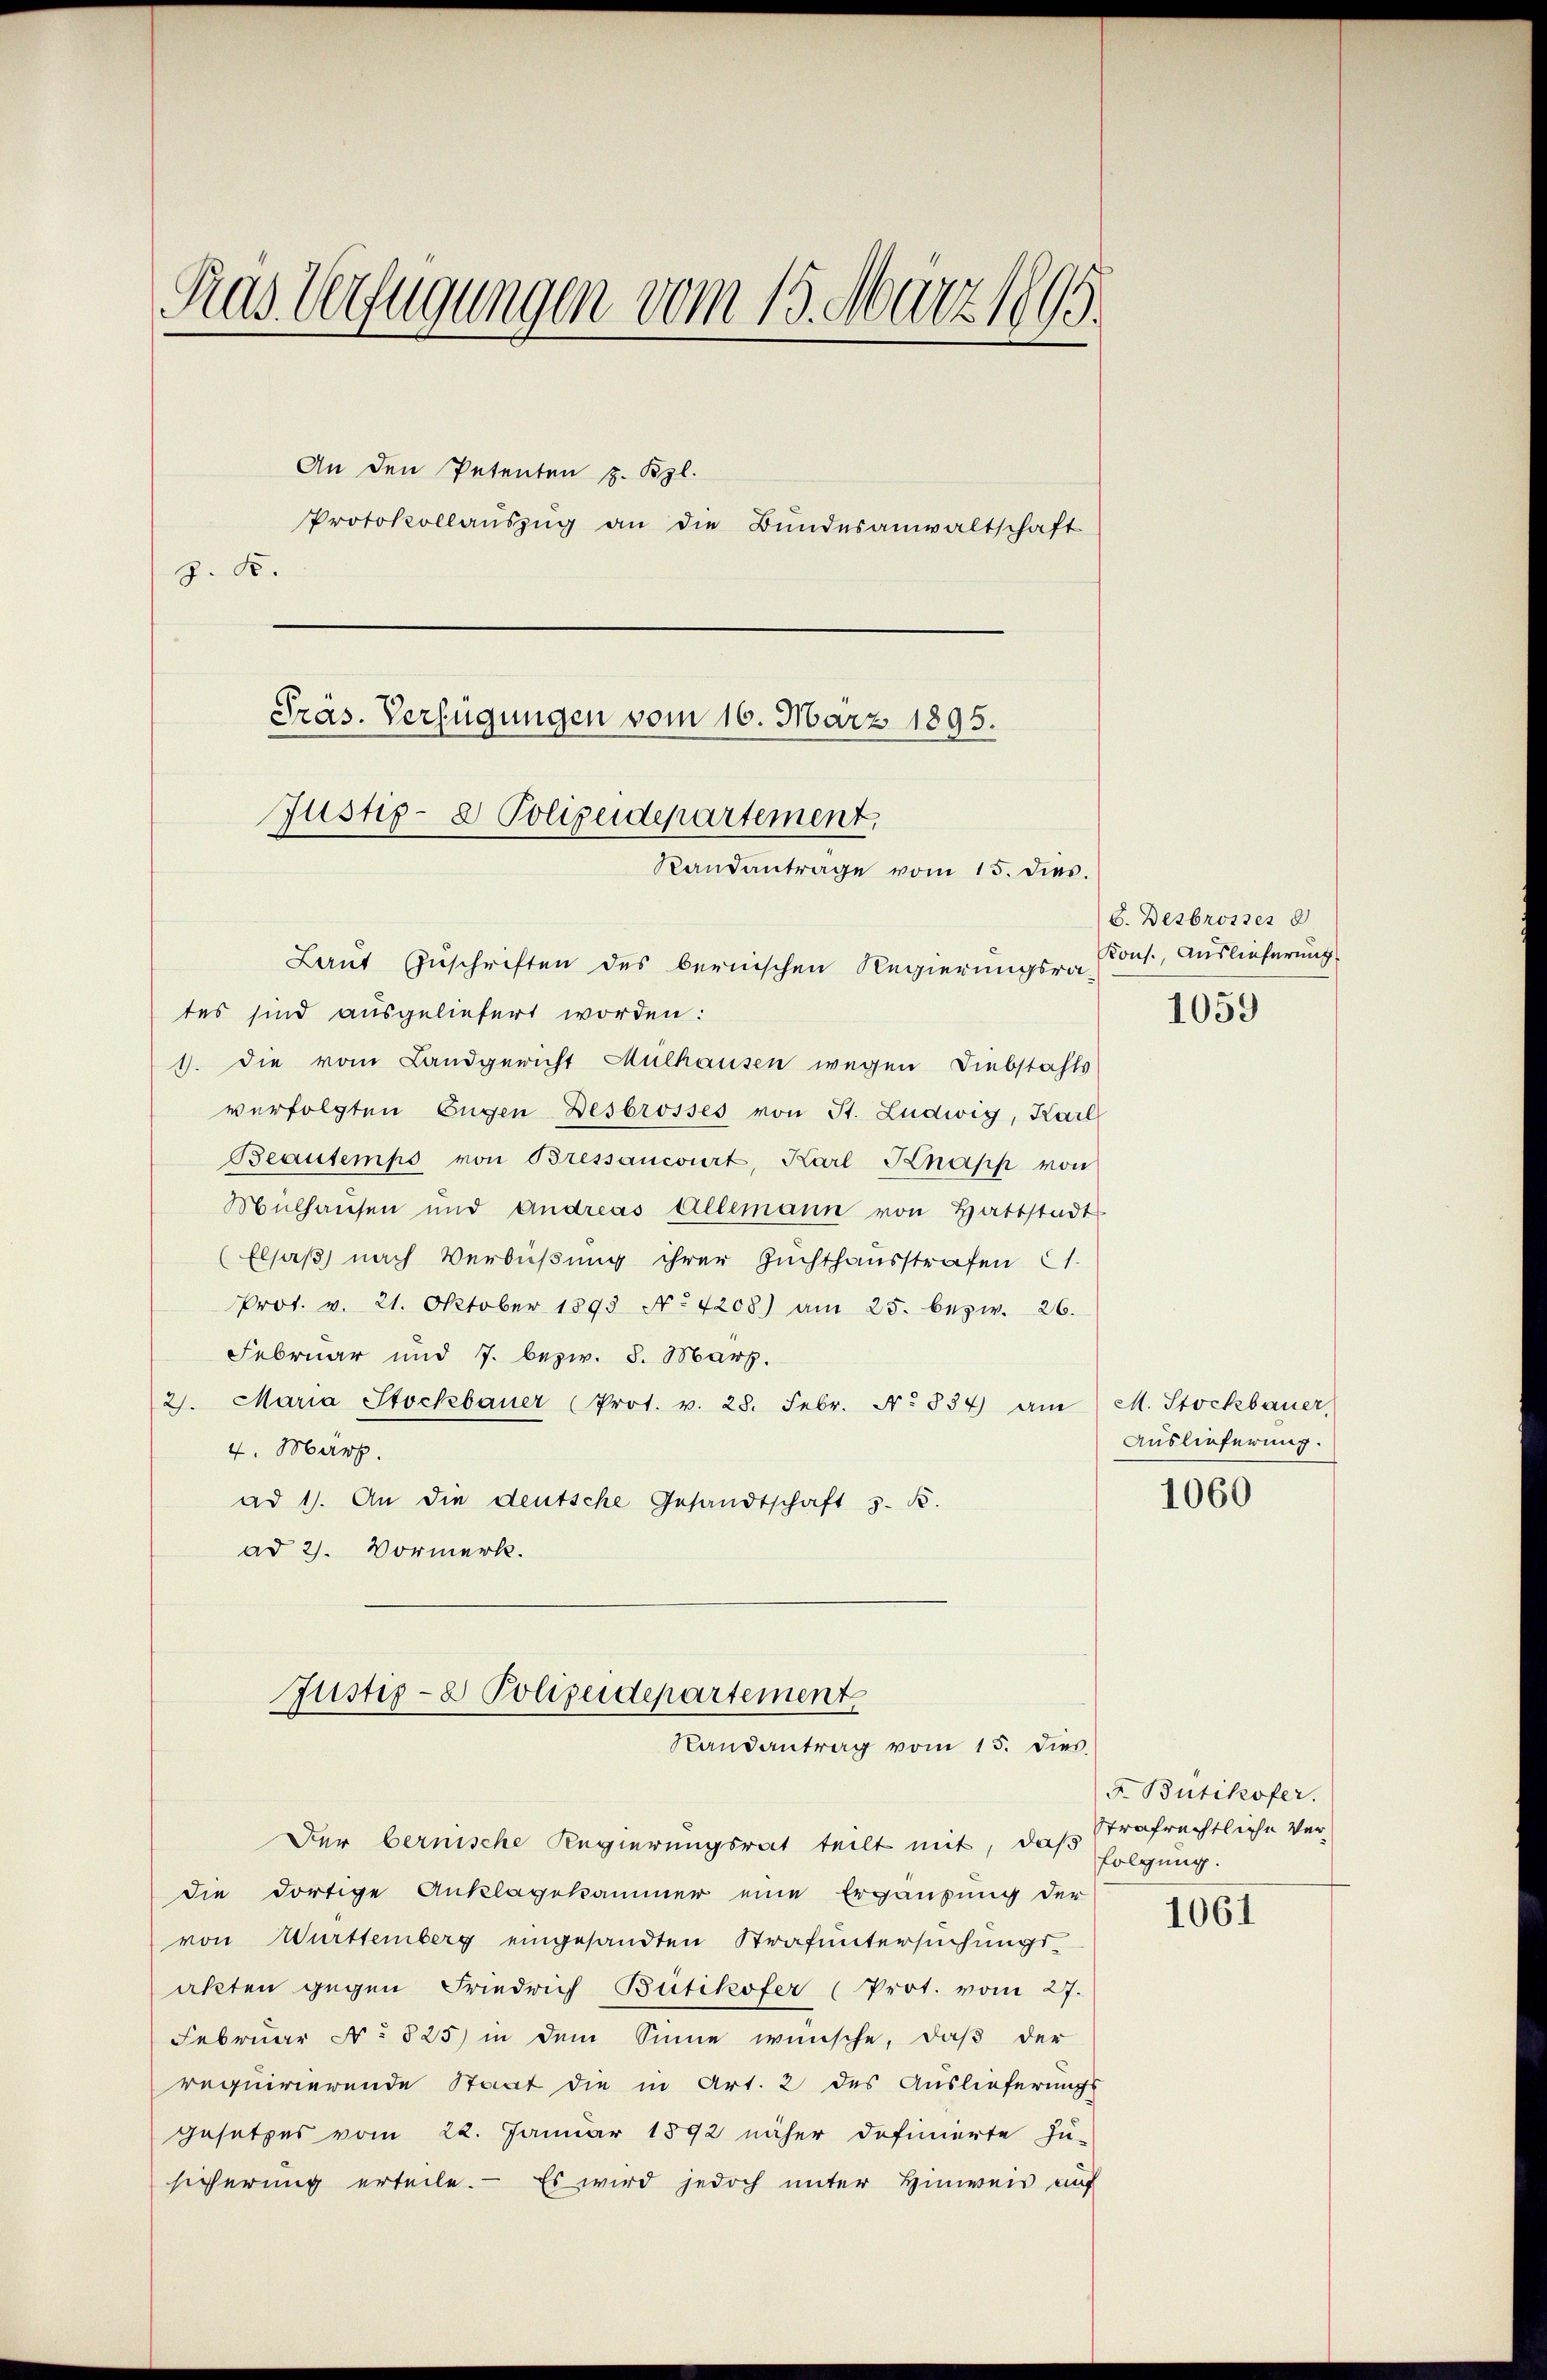
Ras Verfügungen vom 15. März 1895
An den Petenten z. Bzl.
Protokollaŭszŭg an die Bundesanwaltschaft
z. K.
Pras. Verfügungen vom 16. März 1895.
Justiz- & Polizeidepartement
Randantrage vom 15. dies.

Justiz- & Polizeidepartement
Randantrag vom 15. dies

Laut Zuschriften des bernischen Regierungsra-
tes sind ausgeliefert worden:
1. die vom Landgericht Mülhausen wegen Diebstahls
verfolgten Eugen Desbrosses von St. Ludwig, Karl
Beantemps von Bressancourt, Karl Knapp von
Mülhausen und Andreas Allemann von Hattstadt
(Elsaß nach Verbüßung ihrer Zuchthausstrafen 21.
Prot. v. 21. Oktober 1893 No 4208) am 25. bezw. 26.
Februar und 7. bezw. 8. März.
2. Maria Stockbauer (Prot. v. 28. Febr. No 834 am M. Stockbauer
4. März.
ad 1. An die deutsche Gesandtschaft 3. K.
ad 2. Vormerk.

Der bernische Regierungsrat teilt mit, daß
die dortige Anklagekammer eine Ergänzung der
von Württemberg eingesandten Strafuntersuchungsakten gegen Friedrich Bütikofer (Prot. vom 27.
Februar No 825) in dem Sinne wünsche, daß der
requirierende Staat die in Art. 2 des Auslieferungs
gesetzes vom 22. Januar 1892 näher definierte Zu-
sicherŭng erteile. Es wird jedoch ŭnter Hinweis auf

6. Dezbrosses 8
Kons., Auslieferung

1059

Auslieferung.

1060

F. Bütikofer.
Strafrechtliche Verfolgung.

1061